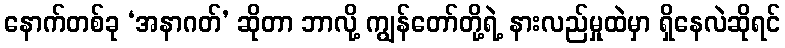
နောက်တစ်ခု ‘အနာဂတ်’ ဆိုတာ ဘာလို့ ကျွန်တော်တို့ရဲ့ နားလည်မှုထဲမှာ ရှိနေလဲဆိုရင်